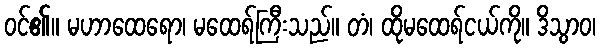
ဝင်၏။ မဟာထေရော၊ မထေရ်ကြီးသည်။ တံ၊ ထိုမထေရ်ငယ်ကို။ ဒိသွာဝ၊